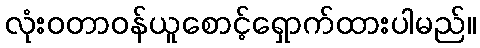
လုံးဝတာဝန်ယူစောင့်ရှောက်ထားပါမည်။